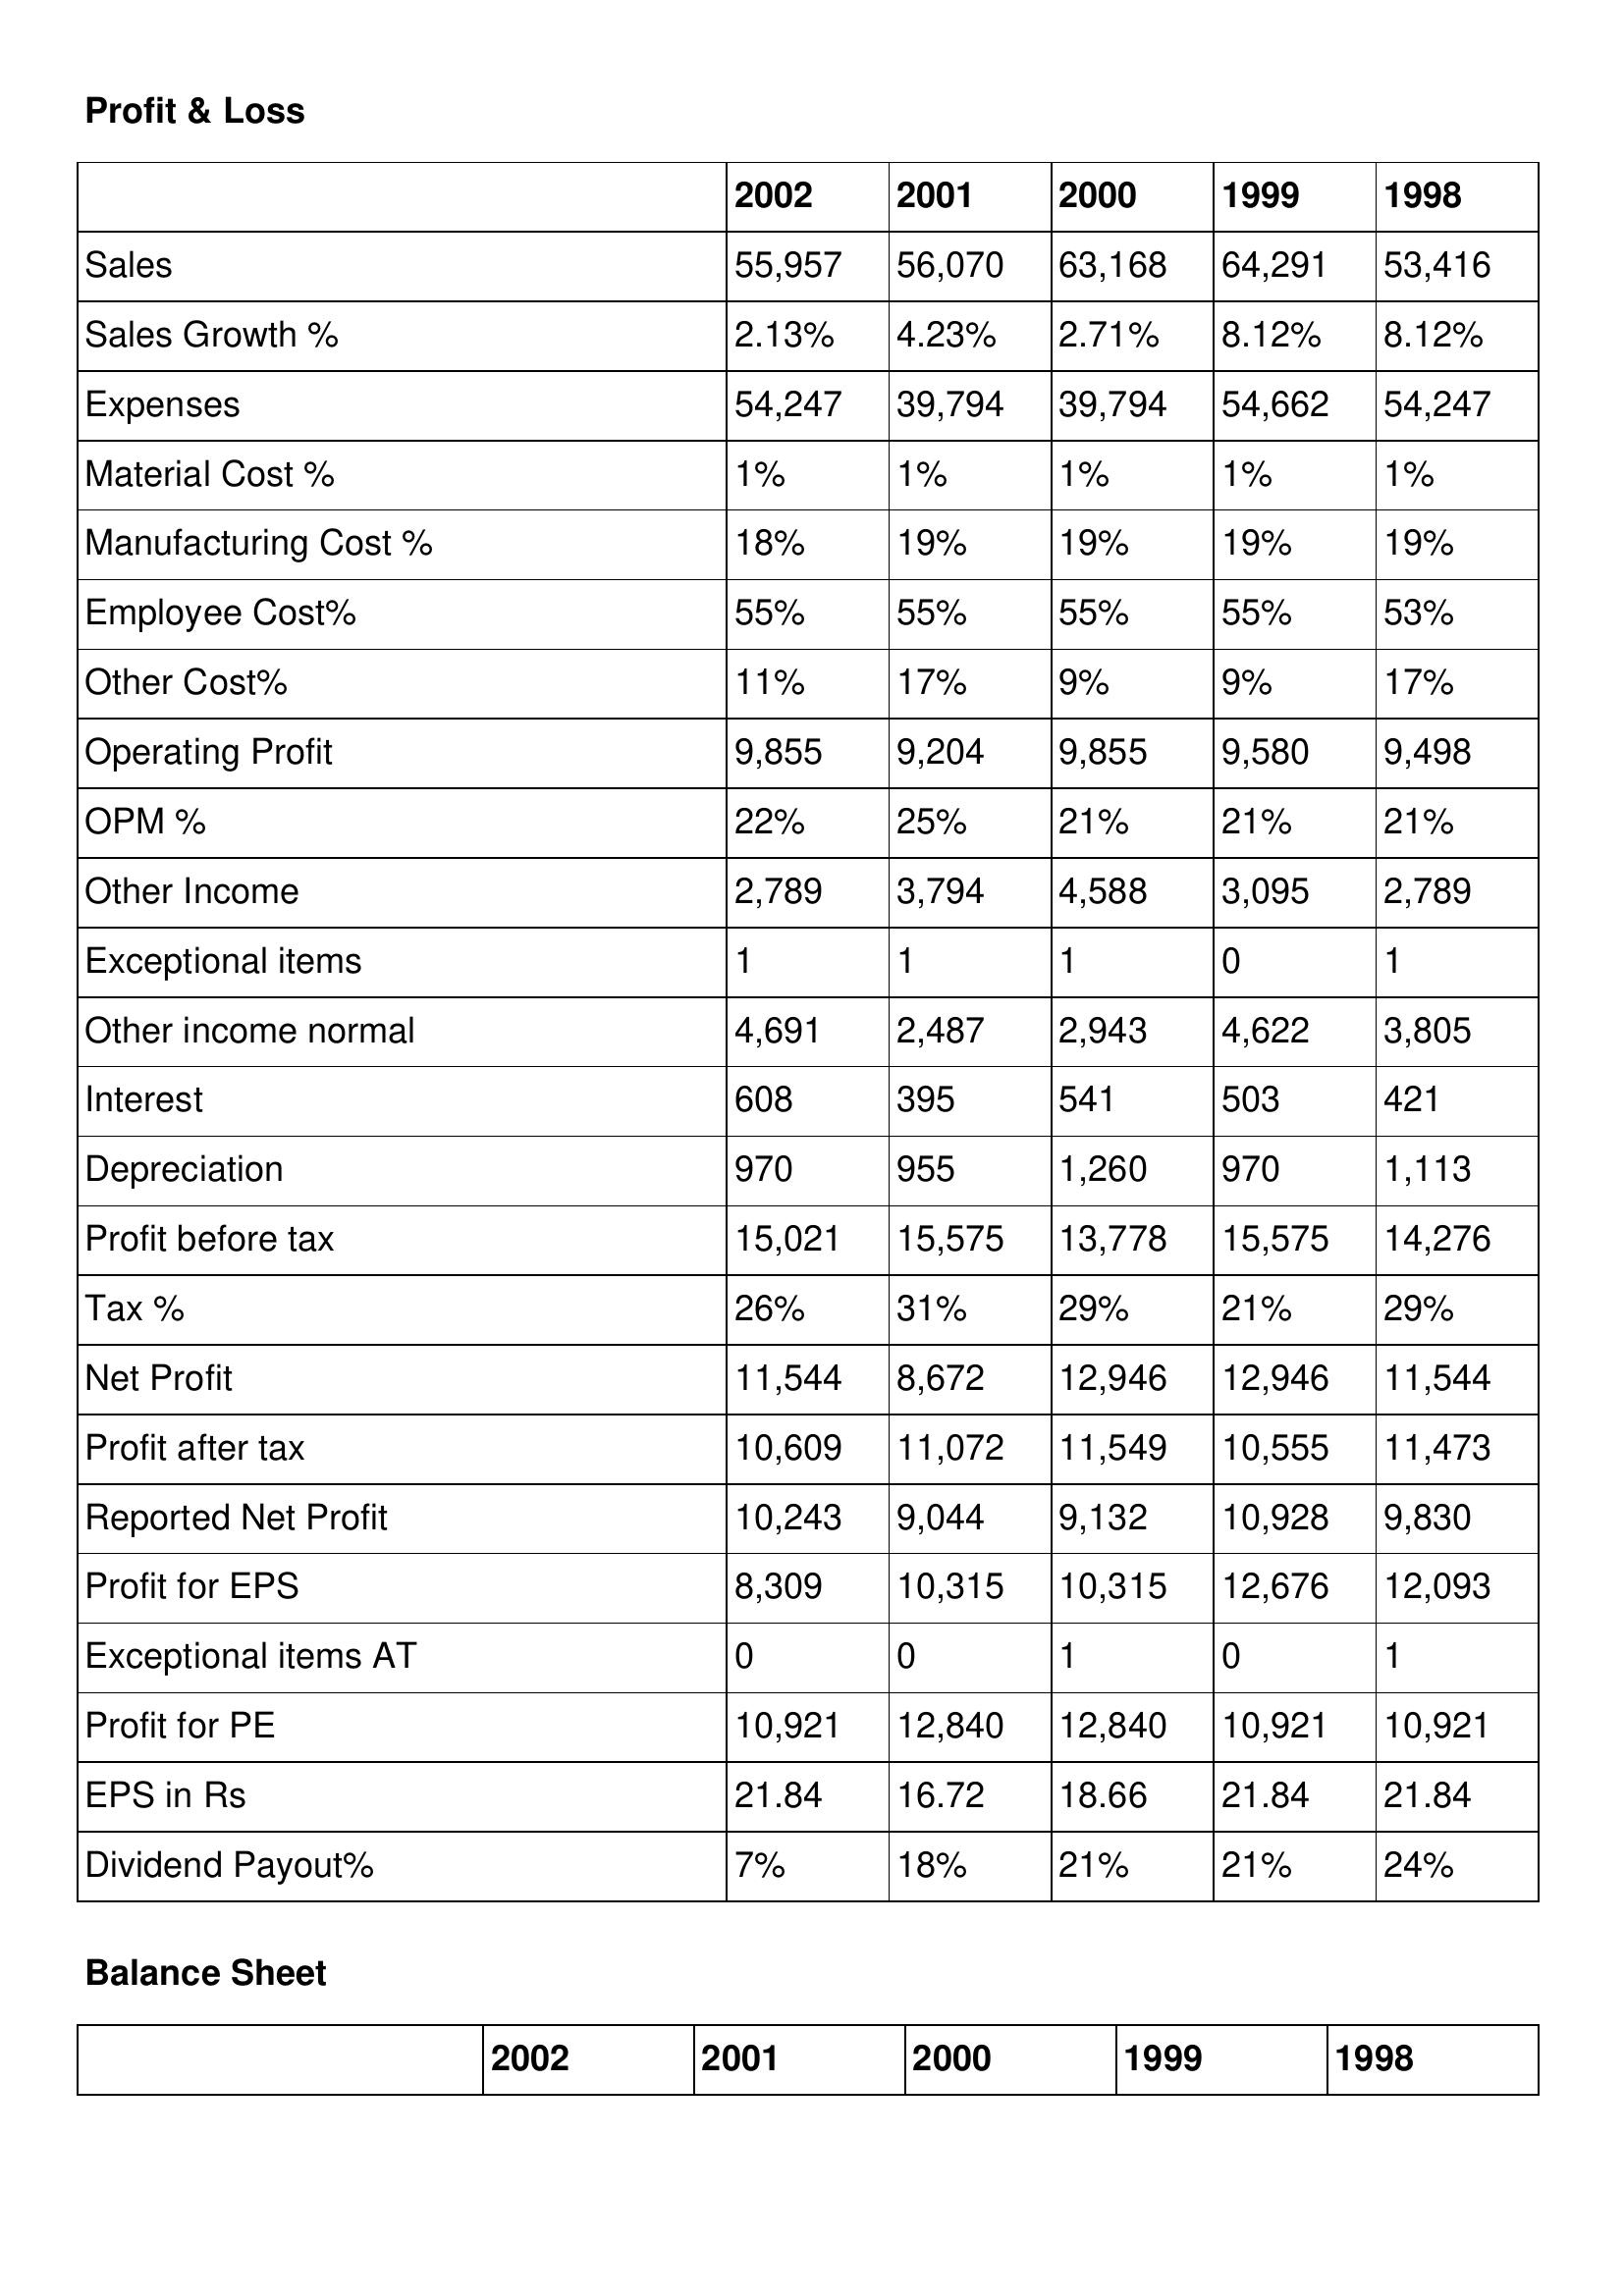
gt_parse: 2002: Profit & Loss: Sales: 55,957
Sales Growth %: 2.13%
Expenses: 54,247
Material Cost %: 1%
Manufacturing Cost %: 18%
Employee Cost%: 55%
Other Cost%: 11%
Operating Profit: 9,855
OPM %: 22%
Other Income: 2,789
Exceptional items: 1
Other income normal: 4,691
Interest: 608
Depreciation: 970
Profit before tax: 15,021
Tax %: 26%
Net Profit: 11,544
Profit after tax: 10,609
Reported Net Profit: 10,243
Profit for EPS: 8,309
Exceptional items AT: 0
Profit for PE: 10,921
EPS in Rs: 21.84
Dividend Payout%: 7%
2001: Profit & Loss: Sales: 56,070
Sales Growth %: 4.23%
Expenses: 39,794
Material Cost %: 1%
Manufacturing Cost %: 19%
Employee Cost%: 55%
Other Cost%: 17%
Operating Profit: 9,204
OPM %: 25%
Other Income: 3,794
Exceptional items: 1
Other income normal: 2,487
Interest: 395
Depreciation: 955
Profit before tax: 15,575
Tax %: 31%
Net Profit: 8,672
Profit after tax: 11,072
Reported Net Profit: 9,044
Profit for EPS: 10,315
Exceptional items AT: 0
Profit for PE: 12,840
EPS in Rs: 16.72
Dividend Payout%: 18%
2000: Profit & Loss: Sales: 63,168
Sales Growth %: 2.71%
Expenses: 39,794
Material Cost %: 1%
Manufacturing Cost %: 19%
Employee Cost%: 55%
Other Cost%: 9%
Operating Profit: 9,855
OPM %: 21%
Other Income: 4,588
Exceptional items: 1
Other income normal: 2,943
Interest: 541
Depreciation: 1,260
Profit before tax: 13,778
Tax %: 29%
Net Profit: 12,946
Profit after tax: 11,549
Reported Net Profit: 9,132
Profit for EPS: 10,315
Exceptional items AT: 1
Profit for PE: 12,840
EPS in Rs: 18.66
Dividend Payout%: 21%
1999: Profit & Loss: Sales: 64,291
Sales Growth %: 8.12%
Expenses: 54,662
Material Cost %: 1%
Manufacturing Cost %: 19%
Employee Cost%: 55%
Other Cost%: 9%
Operating Profit: 9,580
OPM %: 21%
Other Income: 3,095
Exceptional items: 0
Other income normal: 4,622
Interest: 503
Depreciation: 970
Profit before tax: 15,575
Tax %: 21%
Net Profit: 12,946
Profit after tax: 10,555
Reported Net Profit: 10,928
Profit for EPS: 12,676
Exceptional items AT: 0
Profit for PE: 10,921
EPS in Rs: 21.84
Dividend Payout%: 21%
1998: Profit & Loss: Sales: 53,416
Sales Growth %: 8.12%
Expenses: 54,247
Material Cost %: 1%
Manufacturing Cost %: 19%
Employee Cost%: 53%
Other Cost%: 17%
Operating Profit: 9,498
OPM %: 21%
Other Income: 2,789
Exceptional items: 1
Other income normal: 3,805
Interest: 421
Depreciation: 1,113
Profit before tax: 14,276
Tax %: 29%
Net Profit: 11,544
Profit after tax: 11,473
Reported Net Profit: 9,830
Profit for EPS: 12,093
Exceptional items AT: 1
Profit for PE: 10,921
EPS in Rs: 21.84
Dividend Payout%: 24%